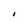
Character: I